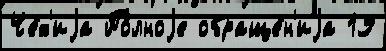
Че́х'иjа По́лноjе обраще́н'иjа 19